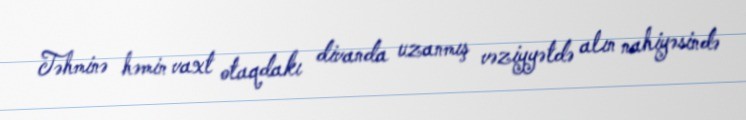
Təhminə həmin vaxt otaqdakı divanda uzanmış vəziyyətdə alın nahiyəsində